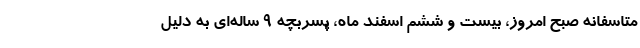
متاسفانه صبح امروز، بیست و ششم اسفند ماه، پسربچه ۹ ساله‌ای به دلیل